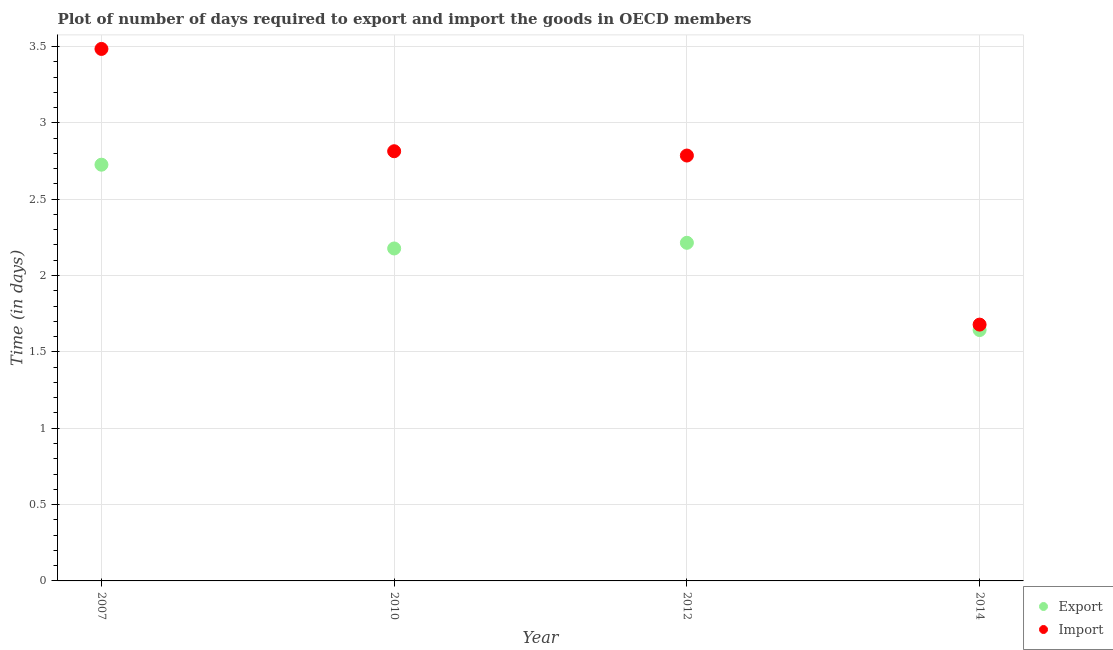
| Year | Export | Import |
 | --- | --- | --- |
 | 2007 | 2.73 | 3.48 |
 | 2010 | 2.18 | 2.81 |
 | 2012 | 2.21 | 2.79 |
 | 2014 | 1.64 | 1.68 |